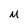
Character: M